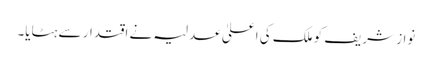
نواز شریف کو ملک کی اعلیٰ عدلیہ نے اقتدار سے ہٹایا۔